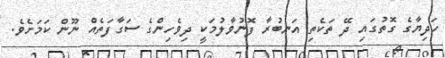
ހަދިޔާގެ ގޮތުގައި ދޭ ތަކެތި އަނބުރާ ފޮނުވާލުމަކީ ދިވެހިންގެ ސަގާފަތެއް ނޫން ކަމަށެވެ.